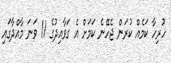
ހުރިހާ ކަމެއް ކުރަން ޖެހޭނެ ކަމަށް އެ ގަވާއިދުގެ 11 ވަނަ މާއްދާގައި